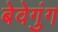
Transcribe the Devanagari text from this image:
बेवेगुंग